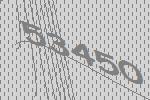
53450